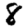
Digit: 8